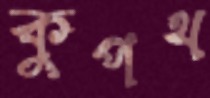
কুপথ